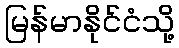
မြန်မာနိုင်ငံသို့